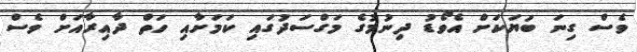
ވެސް ގިނަ ބަަޔަކަށް އެވޯޑު ދިނުމުގެ މަގްސަދުގަައި ކަމަށާއި ހަތް ދާއިރާއަށް ވެސް